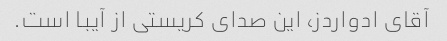
آقای ادواردز، این صدای کریستی از آیبا است.